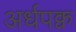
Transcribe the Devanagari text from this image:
अर्धपक्व